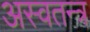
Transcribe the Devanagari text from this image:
अस्वतन्त्र